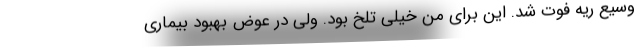
وسیع ریه فوت شد. این برای من خیلی تلخ بود. ولی در عوض بهبود بیماری